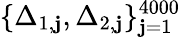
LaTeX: \{ \Delta_{1,\mathbf{j}},\Delta_{2,\mathbf{j}}\} _{\mathbf{j}=1}^{4000}